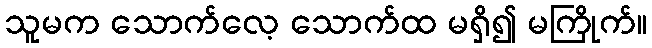
သူမက သောက်လေ့ သောက်ထ မရှိ၍ မကြိုက်။